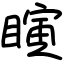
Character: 瞚